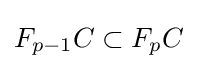
F_{p-1}C\subset F_{p}C